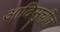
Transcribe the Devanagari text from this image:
आदिसुचीत